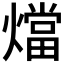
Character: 𭶙